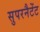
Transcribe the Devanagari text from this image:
सुपरनैटेंट